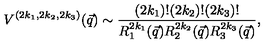
V ^ { ( 2 k _ { 1 } , 2 k _ { 2 } , 2 k _ { 3 } ) } ( \vec { q } ) \sim \frac { ( 2 k _ { 1 } ) ! ( 2 k _ { 2 } ) ! ( 2 k _ { 3 } ) ! } { R _ { 1 } ^ { 2 k _ { 1 } } ( \vec { q } ) R _ { 2 } ^ { 2 k _ { 2 } } ( \vec { q } ) R _ { 3 } ^ { 2 k _ { 3 } } ( \vec { q } ) } ,